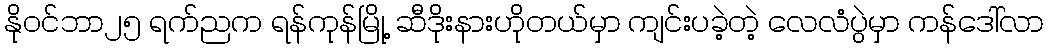
နိုဝင်ဘာ၂၅ ရက်ညက ရန်ကုန်မြို့ ဆီဒိုးနားဟိုတယ်မှာ ကျင်းပခဲ့တဲ့ လေလံပွဲမှာ ကန်ဒေါ်လာ